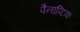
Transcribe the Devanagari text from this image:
पैनाप्टिक